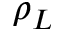
\rho _ { L }